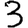
Digit: 3